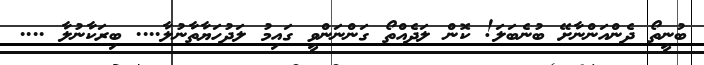
ބުނީތޯ ދެންއަންނާށޭ ބުނެބަލަ! ކޮން ލަދެއްތޯ ގަންނަންވީ ގައިމު ލަދުހަޔާތާނުލާ.... ބިރަކާނުލާ ....